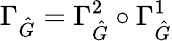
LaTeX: \Gamma_{\hat{G}}=\Gamma_{\hat{G}}^{2}\circ\Gamma_{\hat{G}}^{1}